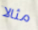
مثالا